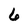
Character: 6